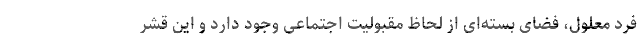
فرد معلول، فضای بسته‌ای از لحاظ مقبولیت اجتماعی وجود دارد و این قشر